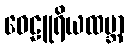
ဝေဠူရိယထမ္ဘာ